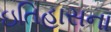
ઇતિહાસના